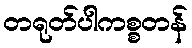
တရုတ်ပါကစ္စတန်